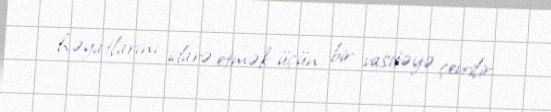
həyatlarını idarə etmək üçün bir vasitəyə çevrilir.